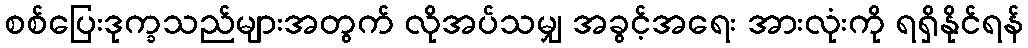
စစ်ပြေးဒုက္ခသည်များအတွက် လိုအပ်သမျှ အခွင့်အရေး အားလုံးကို ရရှိနိုင်ရန်